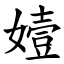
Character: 嬄